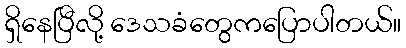
ရှိနေပြီလို့ ဒေသခံတွေကပြောပါတယ်။